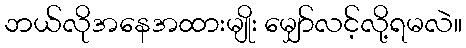
ဘယ်လိုအနေအထားမျိုး မျှော်လင့်လို့ရမလဲ။